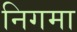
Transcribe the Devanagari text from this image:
निगमा